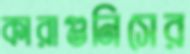
কারাগুনিসের